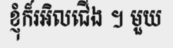
ខ្ញុំក៏រអិលជើង ។ មួយ